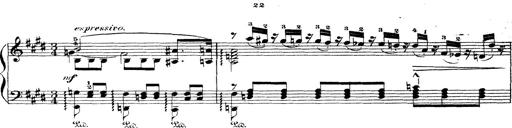
Title: Wagner-Liszt Album
Composer: Franz Liszt